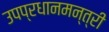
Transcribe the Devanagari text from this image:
उपप्रधानमन्त्री